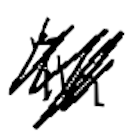
Text: in
Cross-out: scratch
Writing tool: digital_black